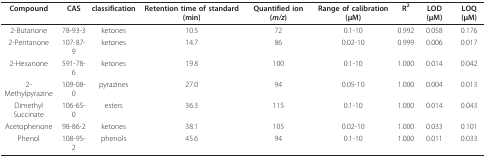
| Compound | CAS | classification | Retention time of standard (min) | Quantified ion (m/z) | Range of calibration (μM) | R2 | LOD (μM) | LOQ (μM) |
 | --- | --- | --- | --- | --- | --- | --- | --- | --- |
 | 2-Butanone | 78-93-3 | ketones | 10.5 | 72 | 0.1-10 | 0.992 | 0.058 | 0.176 |
 | 2-Pentanone | 107-87-9 | ketones | 14.7 | 86 | 0.02-10 | 0.999 | 0.006 | 0.017 |
 | 2-Hexanone | 591-78-6 | ketones | 19.8 | 100 | 0.1-10 | 1.000 | 0.014 | 0.042 |
 | 2-Methylpyrazine | 109-08-0 | pyrazines | 27.0 | 94 | 0.05-10 | 1.000 | 0.004 | 0.013 |
 | Dimethyl Succinate | 106-65-0 | esters | 36.3 | 115 | 0.1-10 | 1.000 | 0.014 | 0.043 |
 | Acetophenone | 98-86-2 | ketones | 38.1 | 105 | 0.02-10 | 1.000 | 0.033 | 0.101 |
 | Phenol | 108-95-2 | phenols | 45.6 | 94 | 0.1-10 | 1.000 | 0.011 | 0.033 |